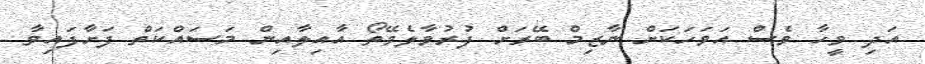
އަދި ވީހާ ވެސް އަވަހަކަށް ނާޒިމް ބޭރަށް ފުރުވާލެވޭތޯ އާއިލާއިން މަސައްކަތް ފަށާފައިވާ